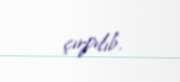
çırpılıb.